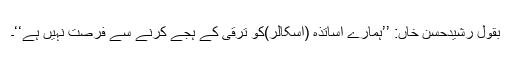
بقول رشیدحسن خاں: ’’ہمارے اساتذہ (اسکالر)کو ترقی کے ہجے کرنے سے فرصت نہیں ہے‘‘۔